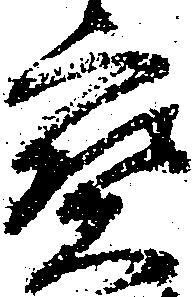
宝